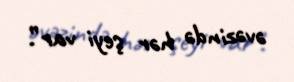
əvəzində hər şeyi var”.